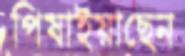
পিষাইয়াছেন